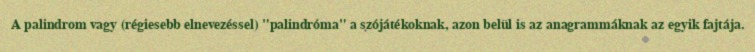
A palindrom vagy (régiesebb elnevezéssel) "palindróma" a szójátékoknak, azon belül is az anagrammáknak az egyik fajtája.